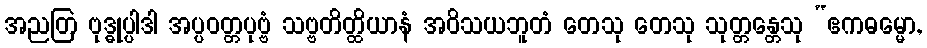
အညတြ ဗုဒ္ဓုပ္ပါဒါ အပ္ပဝတ္တပုဗ္ဗံ သဗ္ဗတိတ္ထိယာနံ အဝိသယဘူတံ တေသု တေသု သုတ္တန္တေသု “ဧကဓမ္မော,